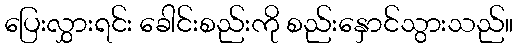
ပြေးလွှားရင်း ခေါင်းစည်းကို စည်းနှောင်သွားသည်။